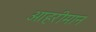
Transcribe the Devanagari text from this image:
आहरीमान